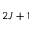
2 J + 1